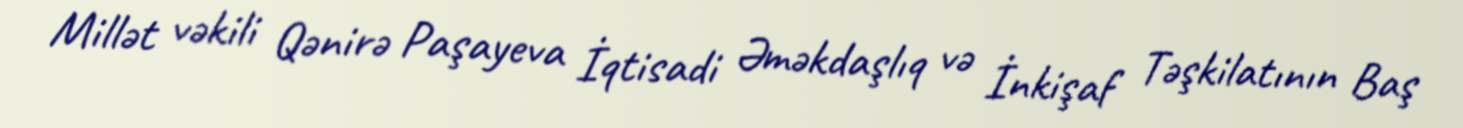
Millət vəkili Qənirə Paşayeva İqtisadi Əməkdaşlıq və İnkişaf Təşkilatının Baş